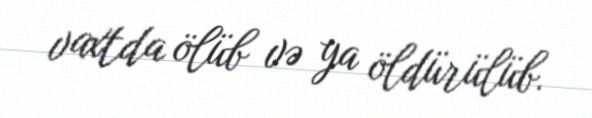
vaxtda ölüb və ya öldürülüb.